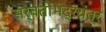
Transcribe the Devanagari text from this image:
सर्वतोभद्रयंत्र